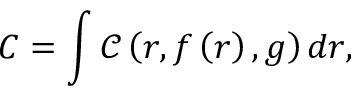
C = \int \mathcal { C } \left( \boldsymbol { r } , f \left( \boldsymbol { r } \right) , \boldsymbol { g } \right) d \boldsymbol { r } ,